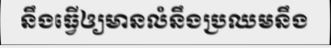
នឹងធ្វើឲ្យមានលំនឹងប្រឈមនឹង